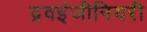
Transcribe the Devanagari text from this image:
द्रवइंजीनियरी